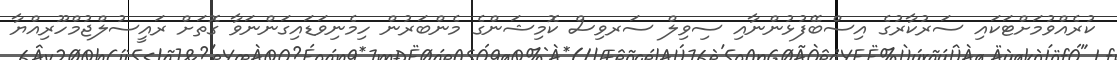
ކުރެއްވުމަށްޓަކައި ސަރުކާރުގެ އިސްބޭފުޅުންނާއި ސިވިލް ސަރވިސް ކޮމިޝަންގެ މެންބަރުން ހިމެނިވަޑައިގަންނަވާ ގޮތަށް ރައީސުލްޖުމްހޫރިއްޔާ